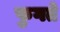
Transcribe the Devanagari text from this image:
फुगते